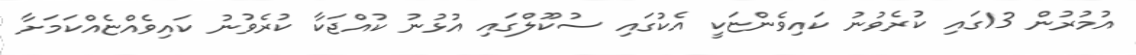
އުމުރުން 13ގައި ކުރެވުނު ކައިވެންޏަކީ އެކުގައި ސުކޫލްގައި އުޅުނު ކުއްޖަކާ ކުރެވުނު ކައިވެއްޏެއްކަމަށާ